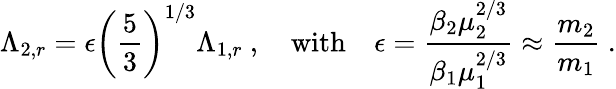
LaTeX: \Lambda_{2,r}=\epsilon\left(\frac{5}{3}\right)^{1/3}\Lambda_{1,r}\ ,\quad\mathrm{with}\quad\epsilon=\frac{\beta_{2}\mu_{2}^{2/3}}{\beta_{1}\mu_{1}^{2/3}}\approx\frac{m_{2}}{m_{1}}\ .